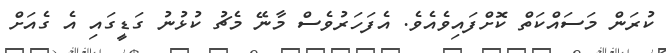
ކުރަން މަސައްކަތް ކޮށްފައިވެއެވެ. އެފަހަރުވެސް މާނޭ މެޗު ކުޅުނު ގަޑީގައި އެ ގެއަށް